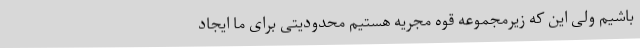
باشیم ولی این که زیرمجموعه قوه مجریه هستیم محدودیتی برای ما ایجاد